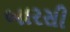
બારસી